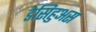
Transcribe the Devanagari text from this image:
डेसिहुअस